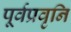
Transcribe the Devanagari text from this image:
पूर्वप्रवृनि